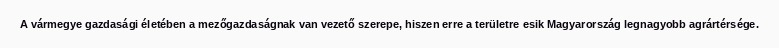
A vármegye gazdasági életében a mezőgazdaságnak van vezető szerepe, hiszen erre a területre esik Magyarország legnagyobb agrártérsége.